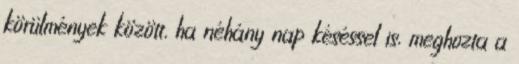
körülmények között, ha néhány nap késéssel is, meghozta a